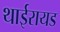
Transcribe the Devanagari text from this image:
थाईरायड